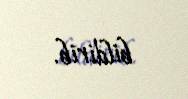
bildirib.